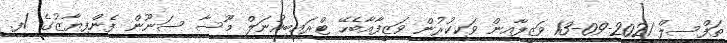
ތަފްސީލް 2021-09-13 ވަޒީފާއިން ވަކިކުރުން ވަޒީފާއާބެހޭ ޓްރައިބިއުނަލް މޫސާ ސަނޫން ފެންފިޔާޒުގެ /ފ.